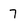
Character: 7